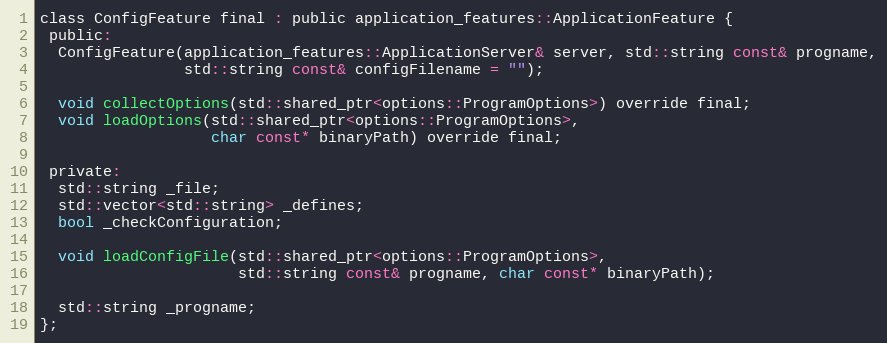
Language: C
class ConfigFeature final : public application_features::ApplicationFeature {
 public:
  ConfigFeature(application_features::ApplicationServer& server, std::string const& progname,
                std::string const& configFilename = "");

  void collectOptions(std::shared_ptr<options::ProgramOptions>) override final;
  void loadOptions(std::shared_ptr<options::ProgramOptions>,
                   char const* binaryPath) override final;

 private:
  std::string _file;
  std::vector<std::string> _defines;
  bool _checkConfiguration;

  void loadConfigFile(std::shared_ptr<options::ProgramOptions>,
                      std::string const& progname, char const* binaryPath);

  std::string _progname;
};